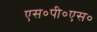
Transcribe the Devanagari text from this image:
एस०पी०एस०